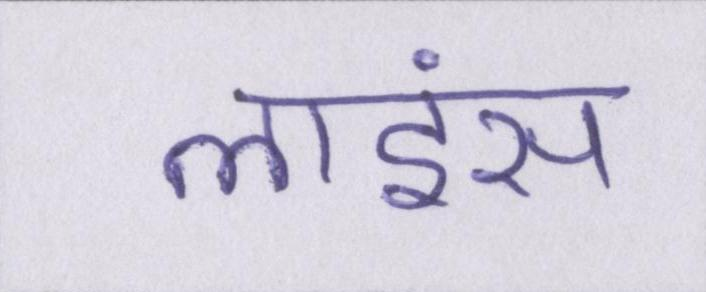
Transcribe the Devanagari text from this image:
लाइंस